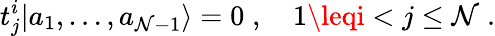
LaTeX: t_{j}^{i}|a_{1},\ldots,a_{\mathcal{N}-1}\rangle=0\; ,\quad1\leqi<j\leq\mathcal{N}\; .